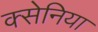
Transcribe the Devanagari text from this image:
क्सेनिया